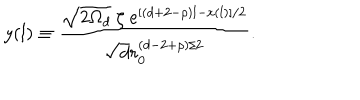
y ( l ) \equiv \frac { \sqrt { 2 \Omega _ { d } } ~ \zeta ~ e ^ { [ ( d + 2 - \rho ) l - x ( l ) ] / 2 } } { \sqrt { d } r _ { 0 } ^ { ( d - 2 + \rho ) / 2 } } .